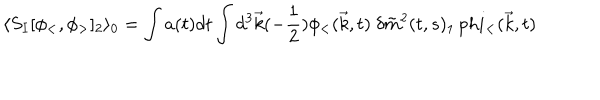
\langle S _ { I } [ \phi _ { < } , \phi _ { > } ] _ { 2 } \rangle _ { 0 } = \int a ( t ) d t \int d ^ { 3 } \vec { k } ( - \frac { 1 } { 2 } ) \phi _ { < } ( \vec { k } , t ) \ \delta \tilde { m } ^ { 2 } ( t , s ) _ { 1 } \, p h i _ { < } ( \vec { k } , t )